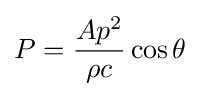
P={\frac {Ap^{2}}{\rho c}}\cos \theta